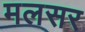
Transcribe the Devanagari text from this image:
मलसर